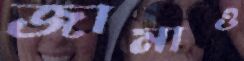
জামাও